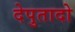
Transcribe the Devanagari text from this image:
देपुतादो